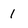
Character: 1